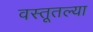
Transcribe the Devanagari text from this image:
वस्तूतल्या